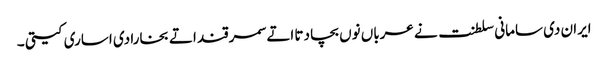
ایران دی سامانی سلطنت نے عرباں نوں بچا دتا اتے سمرقند اتے بخارا دی اساری کیتی ۔